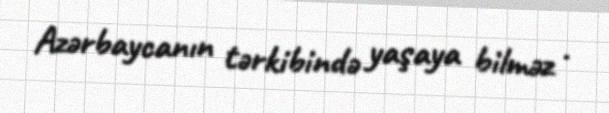
Azərbaycanın tərkibində yaşaya bilməz .